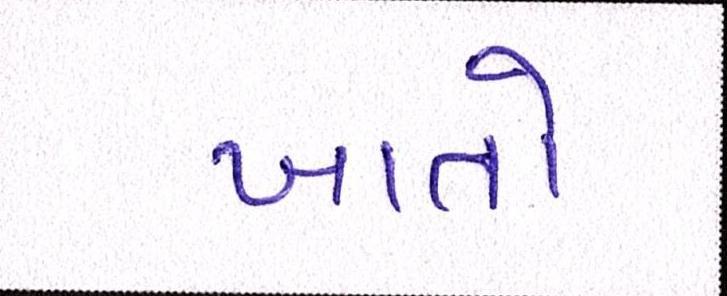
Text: ખાતો